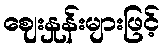
ဈေးနှုန်းများဖြင့်